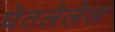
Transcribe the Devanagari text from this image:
घेतलेलेल